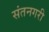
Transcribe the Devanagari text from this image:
संतनगरी